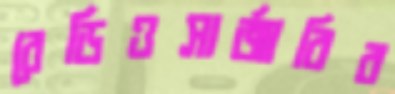
রেডিওসার্জারির